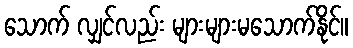
သောက် လျှင်လည်း များများမသောက်နိုင်။